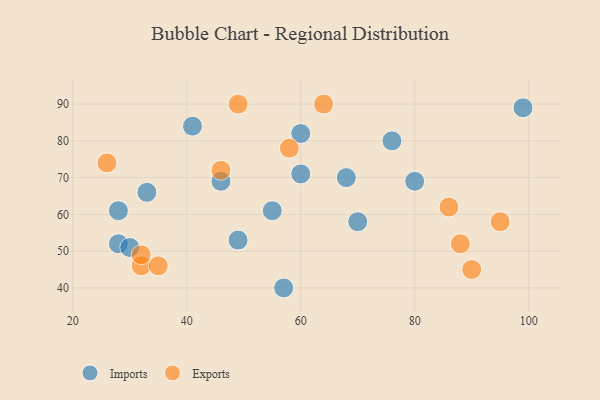
{"axis": {"x": "GDP", "y": "Life Expectancy"}, "legend": ["Exports", "Imports"], "data": [{"x": "60", "y": 82, "type": "Imports"}, {"x": "68", "y": 70, "type": "Imports"}, {"x": "49", "y": 53, "type": "Imports"}, {"x": "55", "y": 61, "type": "Imports"}, {"x": "28", "y": 52, "type": "Imports"}, {"x": "30", "y": 51, "type": "Imports"}, {"x": "41", "y": 84, "type": "Imports"}, {"x": "70", "y": 58, "type": "Imports"}, {"x": "99", "y": 89, "type": "Imports"}, {"x": "57", "y": 40, "type": "Imports"}, {"x": "46", "y": 69, "type": "Imports"}, {"x": "60", "y": 71, "type": "Imports"}, {"x": "76", "y": 80, "type": "Imports"}, {"x": "33", "y": 66, "type": "Imports"}, {"x": "80", "y": 69, "type": "Imports"}, {"x": "28", "y": 61, "type": "Imports"}, {"x": "32", "y": 46, "type": "Exports"}, {"x": "58", "y": 78, "type": "Exports"}, {"x": "90", "y": 45, "type": "Exports"}, {"x": "46", "y": 72, "type": "Exports"}, {"x": "26", "y": 74, "type": "Exports"}, {"x": "35", "y": 46, "type": "Exports"}, {"x": "32", "y": 49, "type": "Exports"}, {"x": "88", "y": 52, "type": "Exports"}, {"x": "86", "y": 62, "type": "Exports"}, {"x": "64", "y": 90, "type": "Exports"}, {"x": "95", "y": 58, "type": "Exports"}, {"x": "49", "y": 90, "type": "Exports"}]}